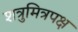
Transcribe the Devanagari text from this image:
शत्रुमित्रपक्ष